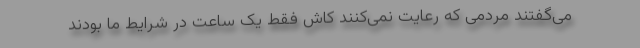
می‌گفتند مردمی که رعایت نمی‌کنند کاش فقط یک ساعت در شرایط ما بودند